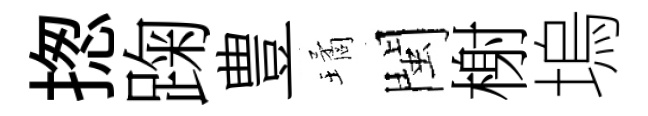
揔踘豊璚閩榭塢